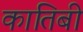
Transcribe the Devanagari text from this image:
कातिबी